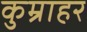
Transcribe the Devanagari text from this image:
कुम्राहर